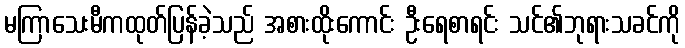
မကြာသေးမီကထုတ်ပြန်ခဲ့သည် အစားထိုးကောင်း ဦးရေစာရင်း သင်၏ဘုရားသခင်ကို